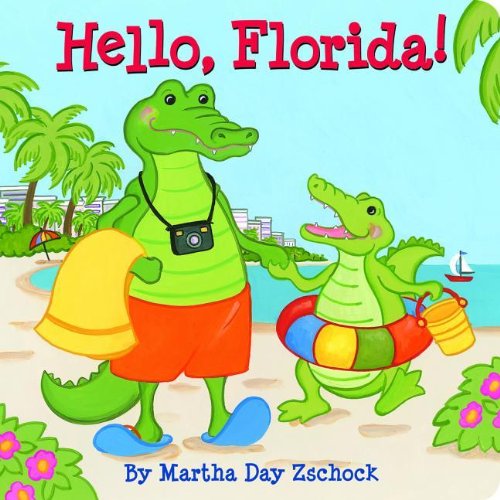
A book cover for Hello, Florida!; Martha Zschock; Children's Books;